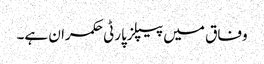
وفاق میں پیپلزپارٹی حکمران ہے۔